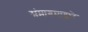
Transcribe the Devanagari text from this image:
संमागमाद्वारे